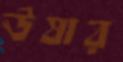
ঊষার